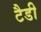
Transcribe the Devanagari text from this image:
टैडी